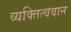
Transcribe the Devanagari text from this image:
व्यक्तित्ववान